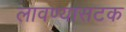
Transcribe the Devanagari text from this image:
लावण्यासटक